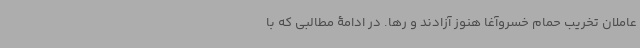
عاملان تخریب حمام خسروآغا هنوز آزادند و رها. در ادامۀ مطالبی که با